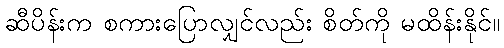
ဆီပိန်းက စကားပြောလျှင်လည်း စိတ်ကို မထိန်းနိုင်။